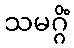
သမဂ္ဂိံ